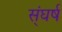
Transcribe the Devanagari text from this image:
स्ंघर्ष